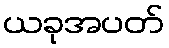
ယခုအပတ်